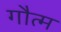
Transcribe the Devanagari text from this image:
गौत्म